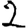
Digit: 2